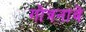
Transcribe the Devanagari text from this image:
गोत्रनावे